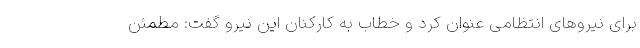
برای نیروهای انتظامی عنوان کرد و خطاب به کارکنان این نیرو گفت: مطمئن